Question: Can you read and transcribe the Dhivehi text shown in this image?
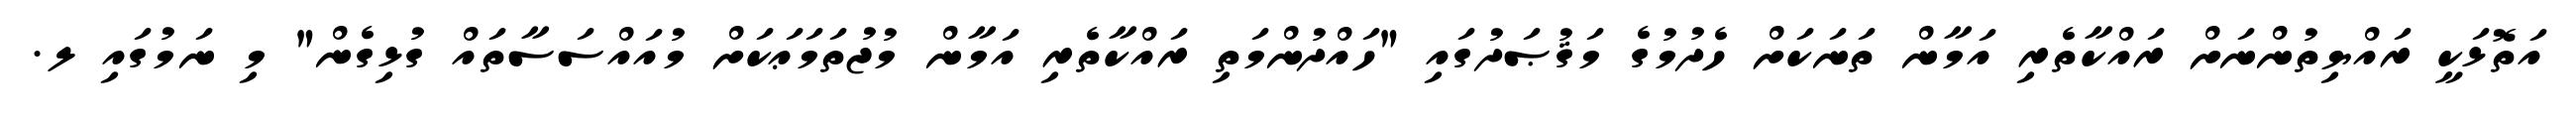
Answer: އަތޮޅަކީ ރައްޔިތުންނަށް ރައްކާތެރި އަމާން ތަނަކަށް ހެދުމުގެ މަޤުޞަދުގައި "ހައްދުންމަތި ރައްކާތެރި އަމާން މުޖުތަމަޢަކަށް މުއައްސަސާތައް ގުޅިގެން" މި ނަމުގައި ލ.